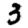
Digit: 3